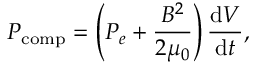
P _ { \mathrm { c o m p } } = \left( P _ { e } + \frac { B ^ { 2 } } { 2 \mu _ { 0 } } \right) \frac { \mathrm { d } V } { \mathrm { d } t } ,